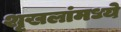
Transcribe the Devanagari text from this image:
शृखलांमध्ये